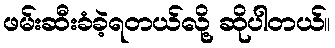
ဖမ်းဆီးခံခဲ့ရတယ်လို့ ဆိုပါတယ်။